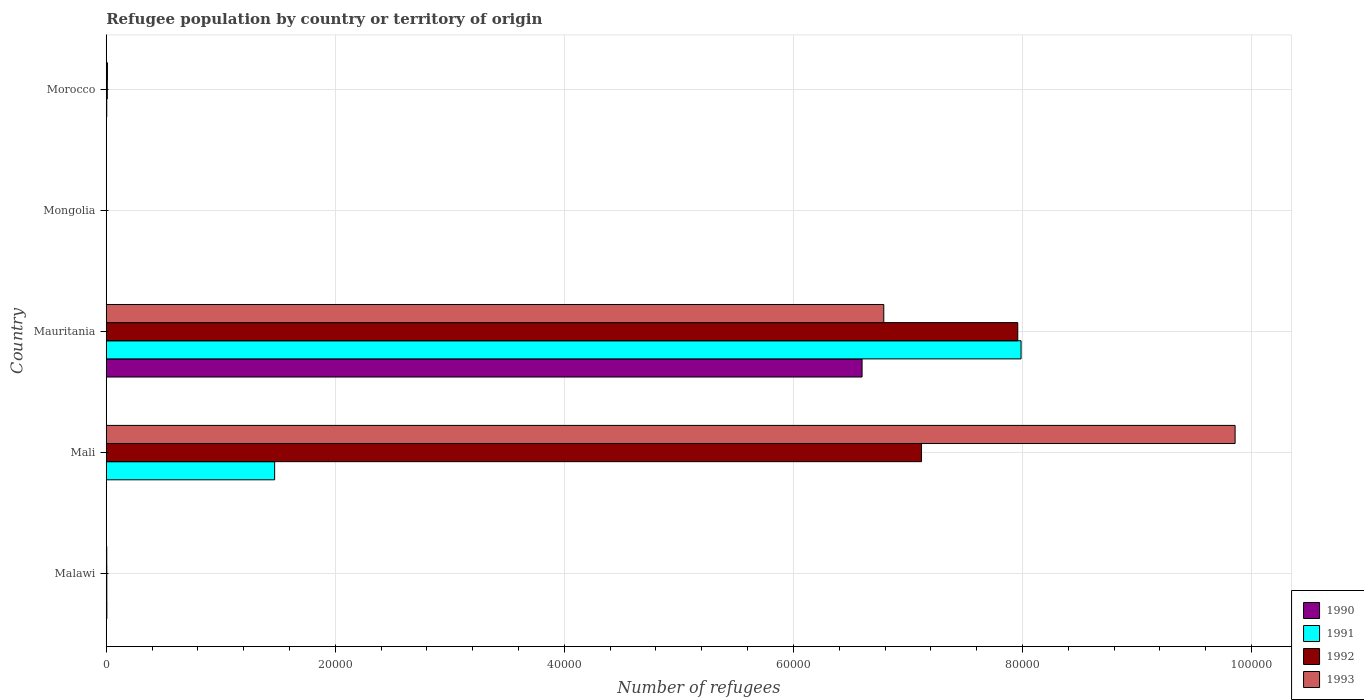
| Country | 1990 | 1991 | 1992 | 1993 |
 | --- | --- | --- | --- | --- |
 | Malawi | 53 | 50 | 50 | 44 |
 | Mali | 1 | 1.47e+04 | 7.12e+04 | 9.86e+04 |
 | Mauritania | 6.6e+04 | 7.99e+04 | 7.96e+04 | 6.79e+04 |
 | Mongolia | 1 | 1 | 1 | 1 |
 | Morocco | 15 | 44 | 91 | 105 |